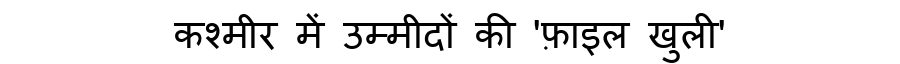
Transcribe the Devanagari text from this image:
कश्मीर में उम्मीदों की 'फ़ाइल खुली'